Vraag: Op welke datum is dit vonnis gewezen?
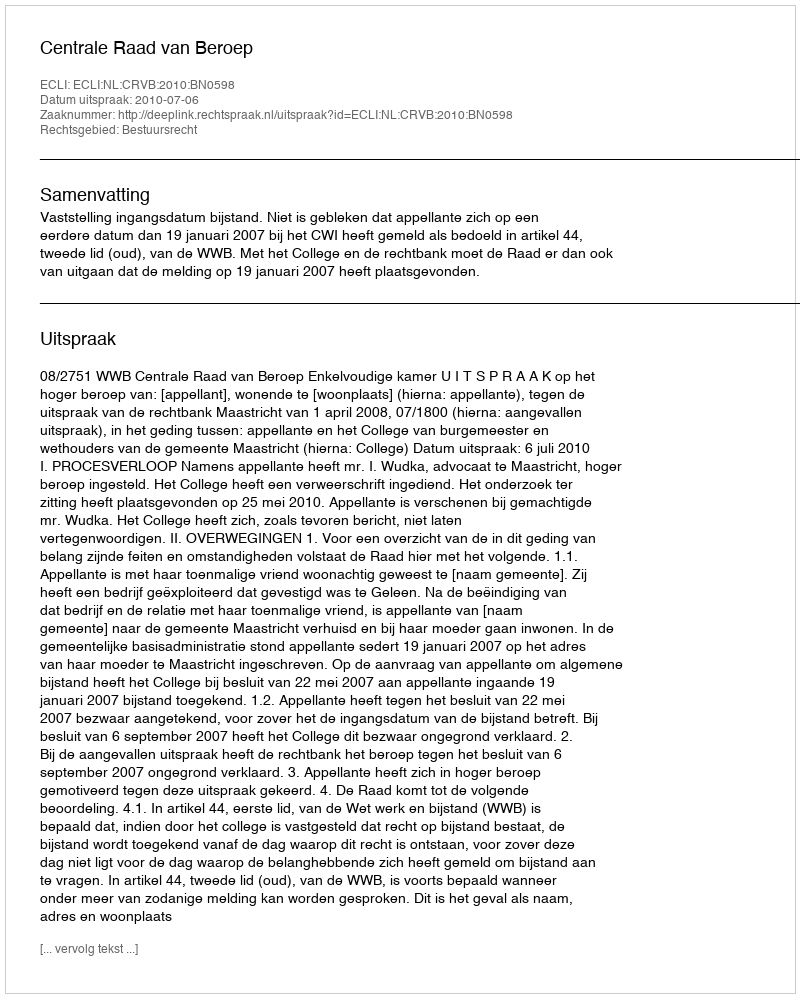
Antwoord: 2010-07-06